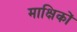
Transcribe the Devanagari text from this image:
माक्षिकों